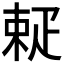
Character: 𤴚